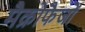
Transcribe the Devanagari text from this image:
मैक्रोफैजों